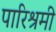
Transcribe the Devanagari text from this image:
पारिश्रमी